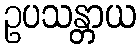
ဥပသန္တာယ